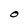
Character: O